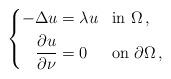
LaTeX: \begin{align*}\left\{\begin{aligned} -\Delta u &= \lambda u && \mbox{in} \ \Omega \,, \\ \frac{\partial u}{\partial \nu} &= 0 && \mbox{on} \ \partial\Omega \,,\end{aligned}\right.\end{align*}